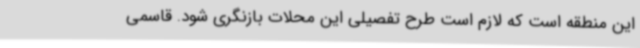
این منطقه است که لازم است طرح تفصیلی این محلات بازنگری شود. قاسمی